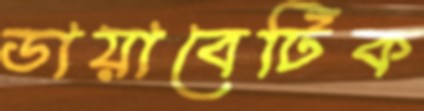
ডায়াবেটিক